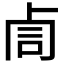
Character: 𠧰